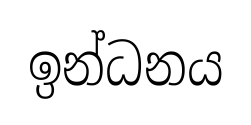
ඉන්ධනය